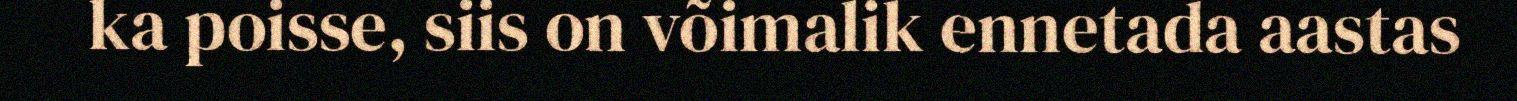
ka poisse, siis on võimalik ennetada aastas